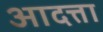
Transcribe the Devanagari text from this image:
आदत्ता